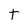
Character: t